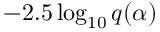
- 2 . 5 \log _ { 1 0 } { q ( \alpha ) }